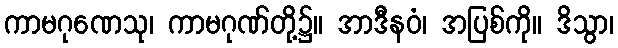
ကာမဂုဏေသု၊ ကာမဂုဏ်တို့၌။ အာဒီနဝံ၊ အပြစ်ကို။ ဒိသွာ၊